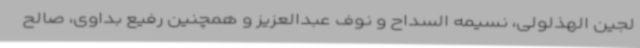
لجین الهذلولی، نسیمه السداح و نوف عبدالعزیز و همچنین رفیع بداوی، صالح